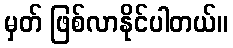
မှတ် ဖြစ်လာနိုင်ပါတယ်။